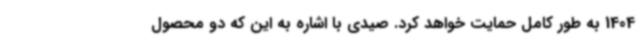
1404 به طور کامل حمایت خواهد کرد. صیدی با اشاره به این‌ که دو محصول